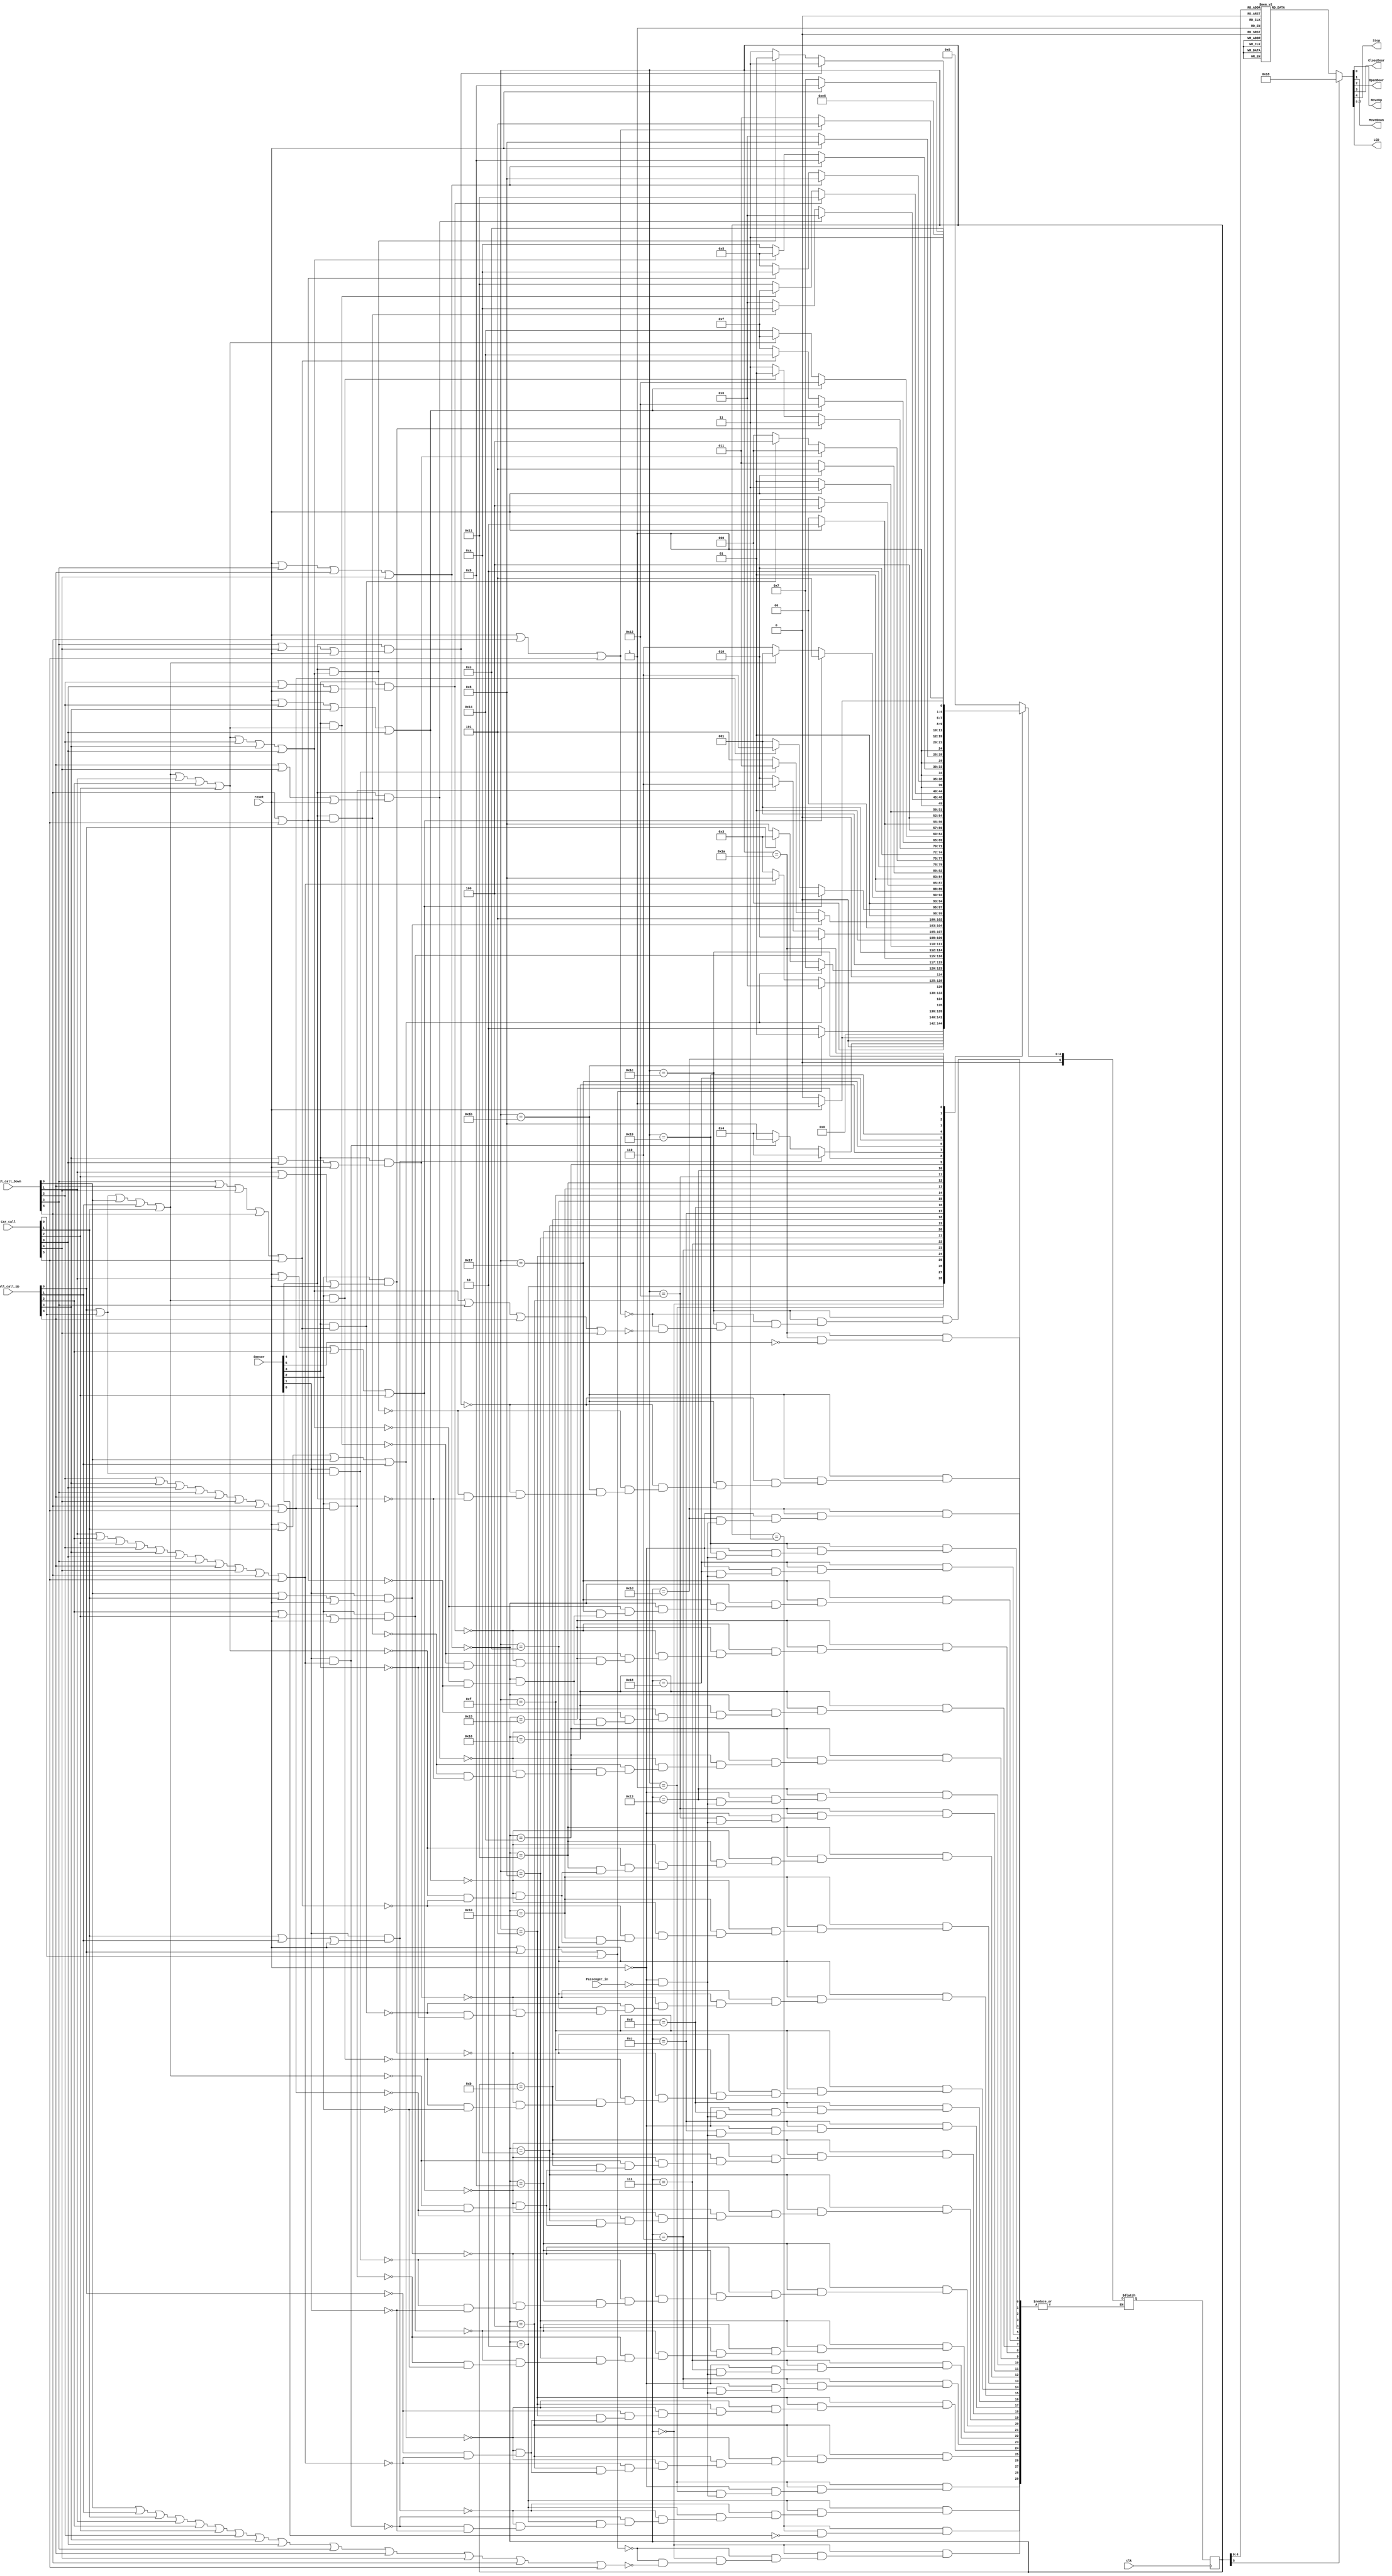

module Lift_controller(clk,reset,Passenger_in,Sensor,Car_call,Hall_call_Up,Hall_call_Down,MoveUp,MoveDown,OpenDoor,CloseDoor,Stop,LCD);
	input clk,reset,Passenger_in;
	input [5:0] Sensor,Car_call;
	input [4:0] Hall_call_Up;
	input [5:1] Hall_call_Down;
	output reg MoveUp,MoveDown,OpenDoor,CloseDoor,Stop;
	output reg [2:0] LCD;
 
	parameter s_0_stop = 0,s_0_open =1,s_01_Up=2,s_10_Down=3,s_1_stopU =4,s_1_stopD =5,s_1_openU =6,s_1_openD=7,s_12_Up =8,s_21_Down =9,s_2_stopU =10,s_2_stopD =11,s_2_openU=12,s_2_openD =13,s_23_Up =14,s_32_Down =15,s_3_stopU =16,s_3_stopD =17,s_3_openU =18,s_3_openD =19,s_34_Up =20,s_43_Down =21,s_4_stopU =22,s_4_stopD =23,s_4_openU =24,s_4_openD= 25,s_45_Up =26,s_54_Down =27,s_5_stop =28,s_5_open =29;
   	reg[0:5] state_signal, next_state_var;
  
	always @(reset,Sensor,Hall_call_Up,Hall_call_Down,Car_call,Passenger_in,state_signal)
   	begin
      	case(state_signal)
		s_0_stop: begin
			 if(reset ==1'b1 || Hall_call_Up[0]==1'b1 || Car_call[0]==1'b1)
				next_state_var = s_0_open;
			 else if (Hall_call_Down[1]==1'b1 || Hall_call_Up[1]==1'b1 || Car_call[1]==1'b1 || Hall_call_Down[2]==1'b1 || Hall_call_Up[2]==1'b1 || Car_call[2]==1'b1 || Hall_call_Down[3]==1'b1|| Hall_call_Up[3]==1'b1 || Car_call[3]==1'b1 || Hall_call_Down[4]==1'b1|| Hall_call_Up[4]==1'b1 || Car_call[4]==1'b1 || Hall_call_Down[5]==1'b1 || Car_call[5]==1'b1)
					next_state_var = s_01_Up;
			 end
		  
		s_0_open: begin
			  if(reset ==1'b1)
				next_state_var = s_0_open;
			  else
				if(Passenger_in ==1'b1)
					next_state_var = s_0_stop;
			  end
		
		s_01_Up: begin
			if(Sensor[1]==1'b1 && (Car_call[1]==1'b1 || Hall_call_Up[1]==1'b1 || reset==1'b1))
				next_state_var = s_1_stopU;
			else if(Sensor[1]==1'b1 && (Hall_call_Down[2]==1'b1 || Hall_call_Up[2]==1'b1 || Car_call[2]==1'b1 || Hall_call_Down[3]==1'b1|| Hall_call_Up[3]==1'b1 || Car_call[3]==1'b1 || Hall_call_Down[4]==1'b1|| Hall_call_Up[4]==1'b1 || Car_call[4]==1'b1 || Hall_call_Down[5]==1'b1 || Car_call[5]==1'b1 ))
				next_state_var = s_12_Up;
			else if(Sensor[1]==1'b1)
				next_state_var = s_1_stopU;
			end
		s_10_Down: begin
			if(Sensor[0]==1'b1)
				next_state_var = s_0_stop;
			end
		  
		s_1_stopU: begin
			if(reset ==1'b1 || Car_call[1]==1'b1 || Hall_call_Down[1]==1'b1 || Hall_call_Up[1]==1'b1)
				next_state_var = s_1_openU;
			else if (Hall_call_Down[2]==1'b1 || Hall_call_Up[2]==1'b1 || Car_call[2]==1'b1 || Hall_call_Down[3]==1'b1|| Hall_call_Up[3]==1'b1 || Car_call[3]==1'b1 || Hall_call_Down[4]==1'b1|| Hall_call_Up[4]==1'b1 || Car_call[4]==1'b1|| Hall_call_Down[5]==1'b1 || Car_call[5]==1'b1)
				next_state_var = s_12_Up;
			else if (Hall_call_Up[0]==1'b1)
				next_state_var = s_10_Down;
			end
		
		s_1_stopD: begin
			if(reset ==1'b1 || Car_call[1]==1'b1 || Hall_call_Down[1]==1'b1 || Hall_call_Up[1]==1'b1)
				next_state_var = s_1_openD;
			else if (Hall_call_Up[0]==1'b1)
				next_state_var = s_10_Down;
			else if (Hall_call_Down[2]==1'b1 || Hall_call_Up[2]==1'b1 || Car_call[2]==1'b1 || Hall_call_Down[3]==1'b1|| Hall_call_Up[3]==1'b1 || Car_call[3]==1'b1 || Hall_call_Down[4]==1'b1|| Hall_call_Up[4]==1'b1 || Car_call[4]==1'b1|| Hall_call_Down[5]==1'b1 || Car_call[5]==1'b1)
				next_state_var = s_12_Up;
			end
		  
		s_1_openU: begin
			if(reset ==1'b1)
				next_state_var = s_1_openU;
			else
				if(Passenger_in ==1'b1)
					next_state_var = s_1_stopU;
			end
			
		 s_1_openD: begin
			if(reset ==1'b1)
				next_state_var = s_1_openD;
			else
				if(Passenger_in ==1'b1)
					next_state_var = s_1_stopD;
			end
		
		 s_12_Up: begin
			if(Sensor[2]==1'b1 && (Hall_call_Up[2]==1'b1 || Car_call[2]==1'b1 || reset==1'b1))
				next_state_var = s_2_stopU;
			else if(Sensor[2]==1'b1 && (Hall_call_Down[3]==1'b1|| Hall_call_Up[3]==1'b1 || Car_call[3]==1'b1 || Hall_call_Down[4]==1'b1|| Hall_call_Up[4]==1'b1 || Car_call[4]==1'b1 || Hall_call_Down[5]==1'b1 || Car_call[5]==1'b1 ))
				next_state_var = s_23_Up;
			else if(Sensor[2]==1'b1)
				next_state_var = s_2_stopU;
			end
		  
		 s_21_Down: begin
			if(Sensor[1]==1'b1 && (Hall_call_Down[1]==1'b1 || Car_call[1]==1'b1 || reset==1'b1))
				next_state_var = s_1_stopD;
			else if(Sensor[1]==1'b1 && (Hall_call_Up[0]==1'b1 || Car_call[0]==1'b1))
				next_state_var = s_10_Down;
			else if(Sensor[1]==1'b1)
				next_state_var = s_1_stopD;
			end
		  
		 s_2_stopU: begin
			if(reset ==1'b1 || Hall_call_Down[2]==1'b1 || Hall_call_Up[2]==1'b1 || Car_call[2]==1'b1)
				next_state_var = s_2_openU;
			else if (Hall_call_Down[3]==1'b1|| Hall_call_Up[3]==1'b1 || Car_call[3]==1'b1 || Hall_call_Down[4]==1'b1|| Hall_call_Up[4]==1'b1 || Car_call[4]==1'b1 || Hall_call_Down[5]==1'b1 || Car_call[5]==1'b1)
				next_state_var = s_23_Up;	
			else if (Hall_call_Up[0]==1'b1 || Car_call[0]==1'b1 || Hall_call_Down[1]==1'b1|| Hall_call_Up[1]==1'b1 || Car_call[1]==1'b1)
				next_state_var = s_21_Down;
			end
		
		 s_2_stopD: begin
			if(reset ==1'b1 || Hall_call_Down[2]==1'b1 || Hall_call_Up[2]==1'b1 || Car_call[2]==1'b1)
				next_state_var = s_2_openD;
			else if (Hall_call_Up[0]==1'b1 || Car_call[0]==1'b1 || Hall_call_Down[1]==1'b1|| Hall_call_Up[1]==1'b1 || Car_call[1]==1'b1)
				next_state_var = s_21_Down;
			else if (Hall_call_Down[3]==1'b1|| Hall_call_Up[3]==1'b1 || Car_call[3]==1'b1 || Hall_call_Down[4]==1'b1|| Hall_call_Up[4]==1'b1 || Car_call[4]==1'b1 || Hall_call_Down[5]==1'b1 || Car_call[5]==1'b1)
				next_state_var = s_23_Up;	
			end
		  
		 s_2_openU: begin
			if(reset ==1'b1)
				next_state_var = s_2_openU;
			else
				if(Passenger_in ==1'b1)
					next_state_var = s_2_stopU;
			end
			
		 s_2_openD: begin
			if(reset ==1'b1)
				next_state_var = s_2_openD;
			else
				if(Passenger_in ==1'b1)
					next_state_var = s_2_stopD;
			end
		
		 s_23_Up: begin
			if(Sensor[3]==1'b1 && (Hall_call_Up[3]==1'b1 || Car_call[3]==1'b1 || reset==1'b1))
				next_state_var = s_3_stopU;
			else if(Sensor[3]==1'b1 &&  (Hall_call_Down[4]==1'b1|| Hall_call_Up[4]==1'b1 || Car_call[4]==1'b1 || Hall_call_Down[5]==1'b1 || Car_call[5]==1'b1 ))
				next_state_var = s_34_Up;
			else if(Sensor[3]==1'b1)
				next_state_var = s_3_stopU;
			end
		  
		 s_32_Down: begin
			if(Sensor[2]==1'b1 && (Hall_call_Down[2]==1'b1 || Car_call[2]==1'b1 || reset==1'b1))
				next_state_var = s_2_stopD;
			else if(Sensor[2]==1'b1 &&(Hall_call_Up[0]==1'b1 || Car_call[0]==1'b1 || Hall_call_Down[1]==1'b1|| Hall_call_Up[1]==1'b1 || Car_call[1]==1'b1))
				next_state_var = s_21_Down;
			else if(Sensor[2]==1'b1)
				next_state_var = s_2_stopD;
			end
		  
		 s_3_stopU: begin
			if(reset ==1'b1 || Hall_call_Down[3]==1'b1 || Hall_call_Up[3]==1'b1 || Car_call[3]==1'b1)
				next_state_var = s_3_openU;
			else if (Hall_call_Down[4]==1'b1|| Hall_call_Up[4]==1'b1 || Car_call[4]==1'b1 || Hall_call_Down[5]==1'b1  || Car_call[5]==1'b1)
				next_state_var = s_34_Up;
			else if (Hall_call_Up[0]==1'b1 || Car_call[0]==1'b1 || Hall_call_Down[1]==1'b1 || Hall_call_Up[1]==1'b1 || Car_call[1]==1'b1 || Hall_call_Down[2]==1'b1 || Hall_call_Up[2]==1'b1 || Car_call[2]==1'b1)
				next_state_var = s_32_Down;				
			end
		
		 s_3_stopD: begin
			if(reset ==1'b1 || Hall_call_Down[3]==1'b1 || Hall_call_Up[3]==1'b1 || Car_call[3]==1'b1)
				next_state_var = s_3_openU;
			else if (Hall_call_Up[0]==1'b1 || Car_call[0]==1'b1 || Hall_call_Down[1]==1'b1 || Hall_call_Up[1]==1'b1 || Car_call[1]==1'b1 || Hall_call_Down[2]==1'b1 || Hall_call_Up[2]==1'b1 || Car_call[2]==1'b1)
				next_state_var = s_32_Down;
			else if (Hall_call_Down[4]==1'b1|| Hall_call_Up[4]==1'b1 || Car_call[4]==1'b1 || Hall_call_Down[5]==1'b1  || Car_call[5]==1'b1)
				next_state_var = s_34_Up;				
			end		
		  
		 s_3_openU: begin
			if(reset ==1'b1)
				next_state_var = s_3_openU;
			else
				if(Passenger_in ==1'b1)
					next_state_var = s_3_stopU;
			end
			
		 s_3_openD: begin
			if(reset ==1'b1)
				next_state_var = s_3_openD;
			else
				if(Passenger_in ==1'b1)
					next_state_var = s_3_stopD;
			end
		
		 s_34_Up: begin
			if(Sensor[4]==1'b1 && (Hall_call_Up[4]==1'b1 || Car_call[4]==1'b1 || reset==1'b1))
				next_state_var = s_4_stopU;
			else if(Sensor[4]==1'b1 && (Hall_call_Down[5]==1'b1 || Car_call[5]==1'b1))
				next_state_var = s_45_Up;
			else if(Sensor[4]==1'b1)
				next_state_var = s_4_stopU;
			end
		  
		 s_43_Down: begin
			if(Sensor[3]==1'b1 && (Hall_call_Down[3]==1'b1 || Car_call[3]==1'b1 || reset==1'b1))
				next_state_var = s_3_stopD;
			else if(Sensor[3]==1'b1 && (Hall_call_Up[0]==1'b1 || Car_call[0]==1'b1 || Hall_call_Down[1]==1'b1|| Hall_call_Up[1]==1'b1 || Car_call[1]==1'b1 || Hall_call_Down[2]==1'b1 || Hall_call_Up[2]==1'b1 || Car_call[2]==1'b1))
				next_state_var = s_32_Down;
			else if(Sensor[3]==1'b1)
				next_state_var = s_3_stopD;
			end
		  
		 s_4_stopU: begin
			if(reset ==1'b1 || Hall_call_Down[4]==1'b1 || Hall_call_Up[4]==1'b1 || Car_call[4]==1'b1)
				next_state_var = s_4_openU;
			else if (Hall_call_Down[5]==1'b1 || Car_call[5]==1'b1)
				next_state_var = s_45_Up;
			else if (Hall_call_Up[0]==1'b1 || Car_call[0]==1'b1|| Hall_call_Down[1]==1'b1|| Hall_call_Up[1]==1'b1 || Car_call[1]==1'b1 || Hall_call_Down[2]==1'b1 || Hall_call_Up[2]==1'b1 || Car_call[2]==1'b1|| Hall_call_Down[3]==1'b1 || Hall_call_Up[3]==1'b1 || Car_call[3]==1'b1)
				next_state_var = s_43_Down;				
			end
			
		 s_4_stopD: begin
			if(reset ==1'b1 || Hall_call_Down[4]==1'b1 || Hall_call_Up[4]==1'b1 || Car_call[4]==1'b1)
				next_state_var = s_4_openD;
			else if (Hall_call_Up[0]==1'b1 || Car_call[0]==1'b1|| Hall_call_Down[1]==1'b1|| Hall_call_Up[1]==1'b1 || Car_call[1]==1'b1 || Hall_call_Down[2]==1'b1 || Hall_call_Up[2]==1'b1 || Car_call[2]==1'b1|| Hall_call_Down[3]==1'b1 || Hall_call_Up[3]==1'b1 || Car_call[3]==1'b1)
				next_state_var = s_43_Down;
			else if (Hall_call_Down[5]==1'b1 || Car_call[5]==1'b1)
				next_state_var = s_45_Up;				
			end
		  
		 s_4_openU: begin
			if(reset ==1'b1)
				next_state_var = s_4_openU;
			else
				if(Passenger_in ==1'b1)
					next_state_var = s_4_stopU;
			end
			
		 s_4_openD: begin
			if(reset ==1'b1)
				next_state_var = s_4_openD;
			else
				if(Passenger_in ==1'b1)
					next_state_var = s_4_stopD;
			end
		
		 s_45_Up: begin
			if(Sensor[5]==1'b1)
				next_state_var = s_5_stop;
			end
		  
		 s_54_Down: begin
			if(Sensor[4]==1'b1 && (Hall_call_Down[4]==1'b1 || Car_call[4]==1'b1 || reset==1'b1))
				next_state_var = s_4_stopD;
			else if(Sensor[4]==1'b1 && (Hall_call_Up[0]==1'b1 || Car_call[0]==1'b1 || Hall_call_Down[1]==1'b1|| Hall_call_Up[1]==1'b1 || Car_call[1]==1'b1 || Hall_call_Down[2]==1'b1 || Hall_call_Up[2]==1'b1 || Car_call[2]==1'b1 || Hall_call_Down[3]==1'b1 || Hall_call_Up[3]==1'b1 || Car_call[3]==1'b1 ))
				next_state_var = s_43_Down;
			else if(Sensor[4]==1'b1)
				next_state_var = s_4_stopD;
			end
		  
		 s_5_stop: begin
			if(reset ==1'b1 || Hall_call_Down[5]==1'b1 || Car_call[5]==1'b1)
				next_state_var = s_5_open;
			else if (Hall_call_Up[0]==1'b1 || Car_call[0]==1'b1 || Hall_call_Down[1]==1'b1|| Hall_call_Up[1]==1'b1 || Car_call[1]==1'b1 || Hall_call_Down[2]==1'b1 || Hall_call_Up[2]==1'b1 || Car_call[2]==1'b1 || Hall_call_Down[3]==1'b1 || Hall_call_Up[3]==1'b1 || Car_call[3]==1'b1 || Hall_call_Down[4]==1'b1 || Hall_call_Up[4]==1'b1 || Car_call[4]==1'b1)
				next_state_var = s_54_Down;				
			end
		  
		 s_5_open: begin
			if(reset ==1'b1)
				next_state_var = s_5_open;
			else
				if(Passenger_in ==1'b1)
					next_state_var = s_5_stop;
			end

         	default : begin 
			next_state_var = s_0_stop;
			end
      endcase
	end
	always @(posedge clk)
      		state_signal <= next_state_var;
      


    always @(state_signal)
    begin      
      case(state_signal)
         s_0_stop: begin
			MoveUp <= 1'b0;
			MoveDown <= 1'b0;
			OpenDoor <= 1'b0;
			CloseDoor <=1'b1;
			Stop <=1'b1;
			LCD <= 3'b000;
		end

         s_0_open: begin
			MoveUp <= 1'b0;
			MoveDown <= 1'b0;
			OpenDoor <=1'b1;
			CloseDoor <= 1'b0;
			Stop <=1'b1;
			LCD<=3'b000;
		end
		
         s_01_Up: begin
			MoveUp <=1'b1;
			MoveDown <= 1'b0;
			OpenDoor <= 1'b0;
			CloseDoor <=1'b1;
			Stop <=1'b0;
			LCD<= 3'b000;
		end
			
	s_10_Down: begin
			MoveUp <= 1'b0;
			MoveDown <=1'b1;
			OpenDoor <= 1'b0;
			CloseDoor <=1'b1;
			Stop <=1'b0;
			LCD<= 3'b001;
		end
			
	s_1_stopU: begin
			MoveUp <= 1'b0;
			MoveDown <= 1'b0;
			OpenDoor <= 1'b0;
			CloseDoor <=1'b1;
			Stop <=1'b1;
			LCD<=3'b001;
		end
			
	s_1_stopD: begin
			MoveUp <= 1'b0;
			MoveDown <= 1'b0;
			OpenDoor <= 1'b0;
			CloseDoor <=1'b1;
			Stop <=1'b1;
			LCD<= 3'b001;
		end
        
         s_1_openU: begin
			MoveUp <= 1'b0;
			MoveDown <= 1'b0;
			OpenDoor <=1'b1;
			CloseDoor <= 1'b0;
			Stop <=1'b1;
			LCD<= 3'b001;
		end
		
	s_1_openD: begin
			MoveUp <= 1'b0;
			MoveDown <= 1'b0;
			OpenDoor <=1'b1;
			CloseDoor <= 1'b0;
			Stop <=1'b1;
			LCD<=3'b001;
		end
		
         s_12_Up: begin
			MoveUp <=1'b1;
			MoveDown <= 1'b0;
			OpenDoor <= 1'b0;
			CloseDoor <=1'b1;
			Stop <=1'b0;
			LCD<= 3'b001;
		end
			
	s_21_Down: begin
			MoveUp <= 1'b0;
			MoveDown <=1'b1;
			OpenDoor <= 1'b0;
			CloseDoor <=1'b1;
			Stop <=1'b0;
			LCD<= 3'b010;
		end
			
	s_2_stopU: begin
			MoveUp <= 1'b0;
			MoveDown <= 1'b0;
			OpenDoor <= 1'b0;
			CloseDoor <=1'b1;
			Stop <=1'b1;
			LCD<= 3'b010;
		end
			
	s_2_stopD: begin
			MoveUp <= 1'b0;
			MoveDown <= 1'b0;
			OpenDoor <= 1'b0;
			CloseDoor <=1'b1;
			Stop <=1'b1;
			LCD<= 3'b010;
		end
        
         s_2_openU: begin
			MoveUp <= 1'b0;
			MoveDown <= 1'b0;
			OpenDoor <=1'b1;
			CloseDoor <= 1'b0;
			Stop <=1'b1;
			LCD<= 3'b010;
		end
			
	s_2_openD: begin
			MoveUp <= 1'b0;
			MoveDown <= 1'b0;
			OpenDoor <=1'b1;
			CloseDoor <= 1'b0;
			Stop <=1'b1;
			LCD<= 3'b010;
		end
			
         s_23_Up: begin
			MoveUp <=1'b1;
			MoveDown <= 1'b0;
			OpenDoor <= 1'b0;
			CloseDoor <=1'b1;
			Stop <=1'b0;
			LCD<= 3'b010;
		end
		
	s_32_Down: begin
			MoveUp <= 1'b0;
			MoveDown <=1'b1;
			OpenDoor <= 1'b0;
			CloseDoor <=1'b1;
			Stop <=1'b0;
			LCD<=3'b011;
		end
			
	s_3_stopU: begin
			MoveUp <= 1'b0;
			MoveDown <= 1'b0;
			OpenDoor <= 1'b0;
			CloseDoor <=1'b1;
			Stop <=1'b1;
			LCD<= 3'b011;
		end
			
	s_3_stopD: begin
			MoveUp <= 1'b0;
			MoveDown <= 1'b0;
			OpenDoor <= 1'b0;
			CloseDoor <=1'b1;
			Stop <=1'b1;
			LCD<= 3'b011;
		end
        
         s_3_openU: begin
			MoveUp <= 1'b0;
			MoveDown <= 1'b0;
			OpenDoor <=1'b1;
			CloseDoor <= 1'b0;
			Stop <=1'b1;
			LCD<= 3'b011;
		end
			
	s_3_openD: begin
			MoveUp <= 1'b0;
			MoveDown <= 1'b0;
			OpenDoor <=1'b1;
			CloseDoor <= 1'b0;
			Stop <=1'b1;
			LCD<= 3'b011;
		end
			
         s_34_Up: begin
			MoveUp <=1'b1;
			MoveDown <= 1'b0;
			OpenDoor <= 1'b0;
			CloseDoor <=1'b1;
			Stop <=1'b0;
			LCD<= 3'b011;
		end
			
	s_43_Down: begin
			MoveUp <= 1'b0;
			MoveDown <=1'b1;
			OpenDoor <= 1'b0;
			CloseDoor <=1'b1;
			Stop <=1'b0;
			LCD<=3'b100;
		end
			
	s_4_stopU: begin
			MoveUp <= 1'b0;
			MoveDown <= 1'b0;
			OpenDoor <= 1'b0;
			CloseDoor <=1'b1;
			Stop <=1'b1;
			LCD<= 3'b100;
		end
			
	s_4_stopD: begin
			MoveUp <= 1'b0;
			MoveDown <= 1'b0;
			OpenDoor <= 1'b0;
			CloseDoor <=1'b1;
			Stop <=1'b1;
			LCD<= 3'b100;
		end
        
         s_4_openU: begin
			MoveUp <= 1'b0;
			MoveDown <= 1'b0;
			OpenDoor <=1'b1;
			CloseDoor <= 1'b0;
			Stop <=1'b1;
			LCD<= 3'b100;
		end
			
	s_4_openD: begin
			MoveUp <= 1'b0;
			MoveDown <= 1'b0;
			OpenDoor <=1'b1;
			CloseDoor <= 1'b0;
			Stop <=1'b1;
			LCD<= 3'b100;
		end
		
         s_45_Up: begin
			MoveUp <=1'b1;
			MoveDown <= 1'b0;
			OpenDoor <= 1'b0;
			CloseDoor <=1'b1;
			Stop <=1'b0;
			LCD<= 3'b100;
		end
			
	s_54_Down: begin
			MoveUp <= 1'b0;
			MoveDown <=1'b1;
			OpenDoor <= 1'b0;
			CloseDoor <=1'b1;
			Stop <=1'b0;
			LCD<= 3'b101;
		end
			
	s_5_stop: begin
			MoveUp <= 1'b0;
			MoveDown <= 1'b0;
			OpenDoor <= 1'b0;
			CloseDoor <=1'b1;
			Stop <=1'b1;
			LCD<= 3'b101;
		end
			
         s_5_open: begin
			MoveUp <= 1'b0;
			MoveDown <= 1'b0;
			OpenDoor <=1'b1;
			CloseDoor <= 1'b0;
			Stop <=1'b1;
			LCD<= 3'b101;
			end
         default: begin 
			MoveUp <= 1'b0;
			MoveDown <= 1'b0;
			OpenDoor <= 1'b0;
			CloseDoor <=1'b1;
			Stop <=1'b1;
			LCD<= 3'b000;
			end
      endcase
    end
  endmodule